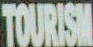
TOURISM